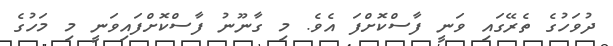
ދުވަހުގެ ތެރޭގައި ވަނީ ފާސްކޮށްފަ އެވެ. މި ގާނޫނު ފާސްކޮށްފައިވަނީ މި މަހުގެ